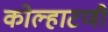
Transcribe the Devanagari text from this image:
कोल्हाटणी